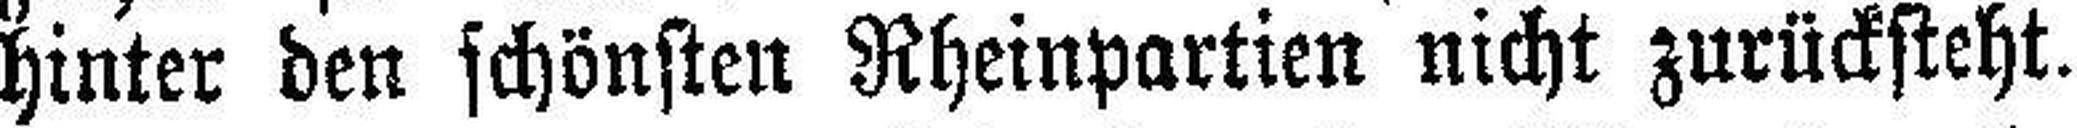
hinter den schönsten Rheinpartien nicht zurücksteht.